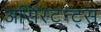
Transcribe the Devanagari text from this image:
असिस्टन्ट्स